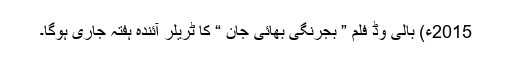
2015ء) بالی وڈ فلم ” بجرنگی بھائی جان “ کا ٹریلر آئندہ ہفتہ جاری ہوگا۔